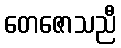
တေဇောသညီ